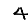
Digit: 4